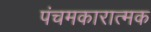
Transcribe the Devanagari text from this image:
पंचमकारात्मक